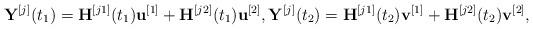
LaTeX: \begin{align*}{{\bf{Y}}^{[j]}}({t_1}) = {{\bf{H}}^{[j1]}}({t_1}){{\bf{u}}^{[1]}} + {{\bf{H}}^{[j2]}}({t_1}){{\bf{u}}^{[2]}},{{\bf{Y}}^{[j]}}({t_2}) = {{\bf{H}}^{[j1]}}({t_2}){{\bf{v}}^{[1]}} + {{\bf{H}}^{[j2]}}({t_2}){{\bf{v}}^{[2]}},\end{align*}